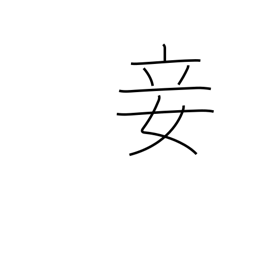
Meaning: concubine